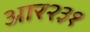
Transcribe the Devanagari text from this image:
आर२३१